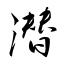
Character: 潜